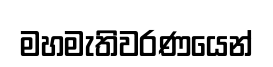
මහමැතිවරණයෙන්